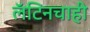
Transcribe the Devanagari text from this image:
लॅटिनचाही